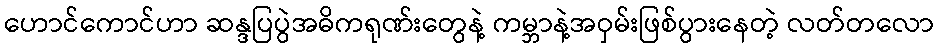
ဟောင်ကောင်ဟာ ဆန္ဒပြပွဲအဓိကရုဏ်းတွေနဲ့ ကမ္ဘာနဲ့အဝှမ်းဖြစ်ပွားနေတဲ့ လတ်တလော